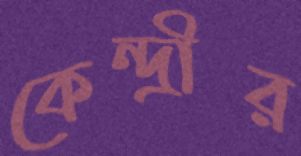
কেন্দ্রীর